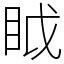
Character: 眓